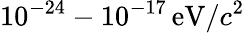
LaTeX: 10^{-24}-10^{-17}\, \textrm{eV}/c^{2}